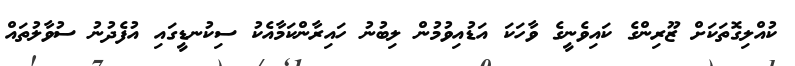
ކުއްލިގޮތަކަށް ޒޫރިންގެ ކައިވެނީގެ ވާހަކަ އަޑުއިވުމުން ލިބުނު ހައިރާންކަމާއެކު ސިކުނޑީގައި އުފެދުނު ސުވާލުތައް